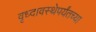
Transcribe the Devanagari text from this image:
वृध्दावस्थेपर्यंतच्या